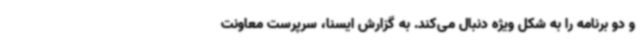
و دو برنامه را به شکل ویژه دنبال می‌کند. به گزارش ایسنا، سرپرست معاونت